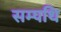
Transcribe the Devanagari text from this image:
सम्पथि